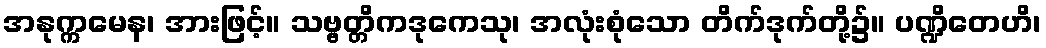
အနုက္ကမေန၊ အားဖြင့်။ သဗ္ဗတ္တိကဒုကေသု၊ အလုံးစုံသော တိက်ဒုက်တို့၌။ ပဏ္ဍိတေဟိ၊